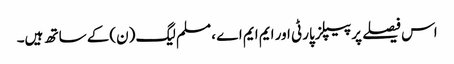
اس فیصلے پر پیپلزپارٹی اور ایم ایم اے ، مسلم لیگ (ن)کے ساتھ ہیں۔